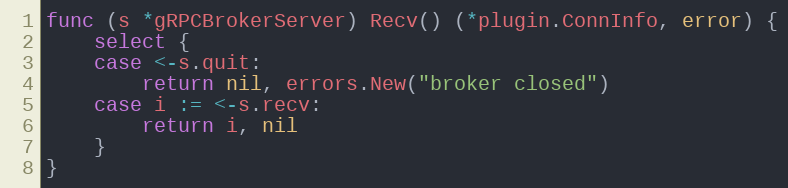
Language: Go
func (s *gRPCBrokerServer) Recv() (*plugin.ConnInfo, error) {
	select {
	case <-s.quit:
		return nil, errors.New("broker closed")
	case i := <-s.recv:
		return i, nil
	}
}